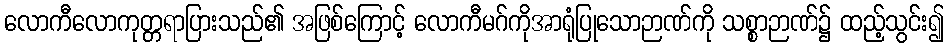
လောကီလောကုတ္တရာပြားသည်၏ အဖြစ်ကြောင့် လောကီမဂ်ကိုအာရုံပြုသောဉာဏ်ကို သစ္စာဉာဏ်၌ ထည့်သွင်း၍